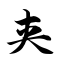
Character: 夹